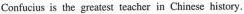
Coufucius is the greatest teacher in Chinese history.